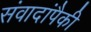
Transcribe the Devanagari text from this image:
संवादांपैकी